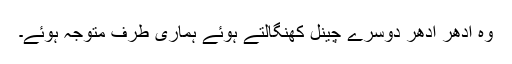
وہ ادھر ادھر دوسرے چینل کھنگالتے ہوئے ہماری طرف متوجہ ہوئے۔